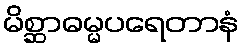
မိစ္ဆာဓမ္မပရေတာနံ